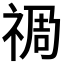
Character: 𮂁